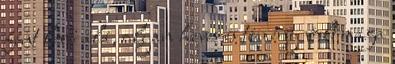
fent lévő alá, olyan heves és tömény volt maga